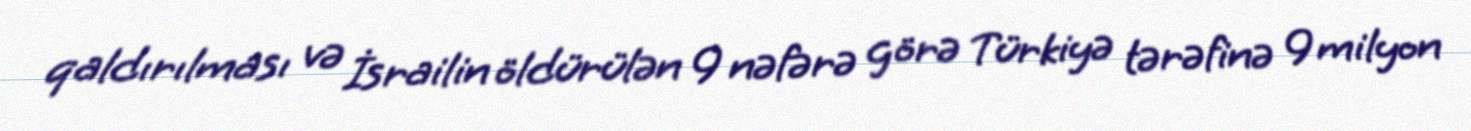
qaldırılması və İsrailin öldürülən 9 nəfərə görə Türkiyə tərəfinə 9 milyon